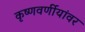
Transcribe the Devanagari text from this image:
कृष्णवर्णीयांवर